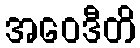
အဝေဒီတိ